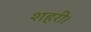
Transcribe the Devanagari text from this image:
शहरी।